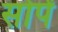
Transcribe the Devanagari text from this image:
सोपें